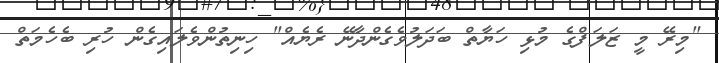
"މިރޭ މީ ޒަލަފްގެ މުޅި ހަޔާތް ބަދަލުވެގެންދާނޭ ރެޔެއް" ހިނިތުންވެލައިގެން ހުރި ބެހެމަތް